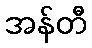
အန်တီ